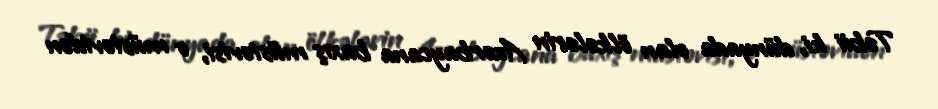
Təbii ki, dünyada olan ölkələrin Azərbaycana baxış müstəvisi, o müstəvidən